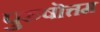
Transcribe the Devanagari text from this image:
पुरुषॊत्तम